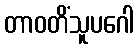
တာဝတိံသူပဂေါ